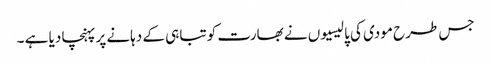
جس طرح مودی کی پالیسیوں نے بھارت کو تباہی کے دہانے پر پہنچا دیا ہے ۔